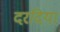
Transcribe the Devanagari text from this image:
दरदिया